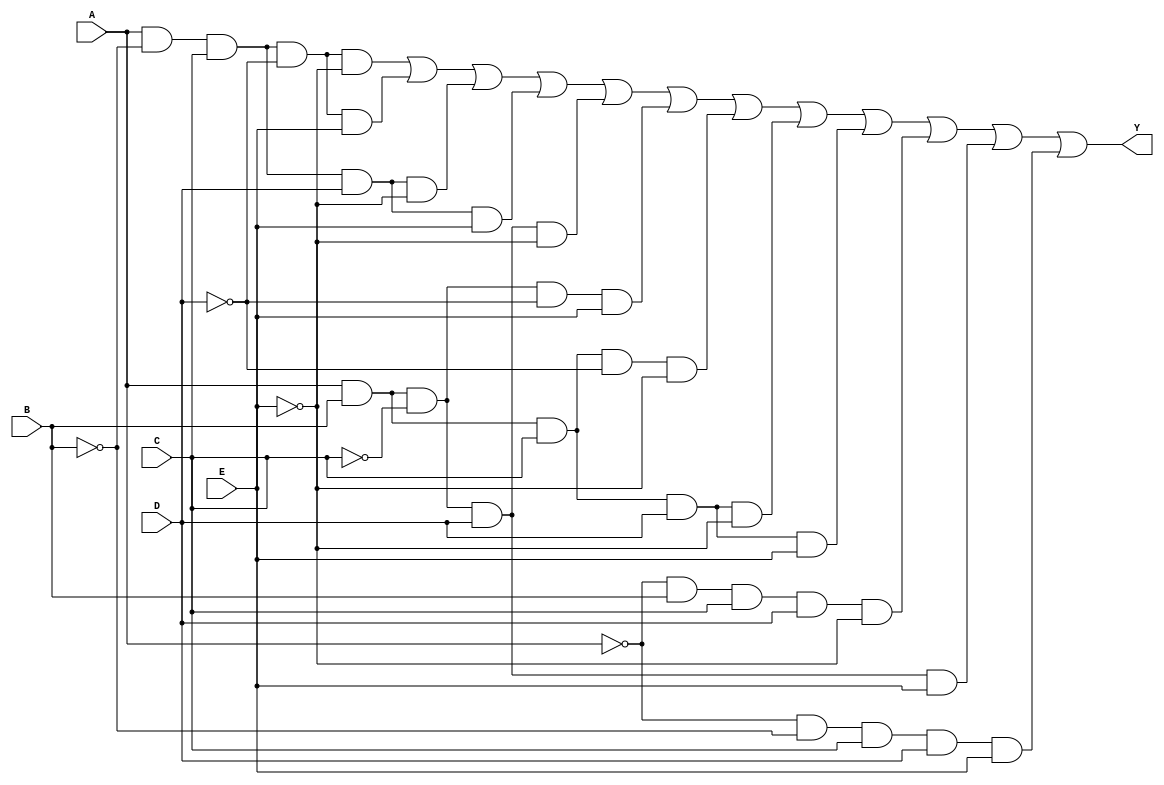
module five_variable_kmap (
    input wire A,  // Input variable A
    input wire B,  // Input variable B
    input wire C,  // Input variable C
    input wire D,  // Input variable D
    input wire E,  // Input variable E
    output wire Y  // Output signal representing the simplified Boolean function
);

// K-map Logic Implementation:
// This implementation assumes the K-map groups derived for simplification.
// You will need to replace '1' and '0' with the actual K-map outputs based on your specific grouping.

assign Y = 
    (A & ~B & C & ~D & ~E) |  // Group for Minterm 8 (AB=00, CDE=000)
    (A & ~B & C & ~D & E) |   // Group for Minterm 9 (AB=00, CDE=001)
    (A & ~B & C & D & ~E) |   // Group for Minterm 10 (AB=00, CDE=011)
    (A & ~B & C & D & E) |    // Group for Minterm 11 (AB=00, CDE=010)
    (A & B & ~C & D & ~E) |   // Group for Minterm 14 (AB=01, CDE=000)
    (A & B & ~C & ~D & E) |   // Group for Minterm 15 (AB=01, CDE=001)
    (A & B & C & ~D & ~E) |   // Group for Minterm 22 (AB=11, CDE=000)
    (A & B & C & D & ~E) |    // Group for Minterm 23 (AB=11, CDE=010)
    (A & B & C & D & E) |     // Group for Minterm 31 (AB=11, CDE=111)
    (~A & B & C & D & ~E) |   // Group for Minterm 25 (AB=10, CDE=000)
    (A & B & ~C & D & E) |    // Group for Minterm 29 (AB=10, CDE=111)
    (~A & ~B & C & D & E);    // Group for Minterm 30 (AB=00, CDE=111)

endmodule